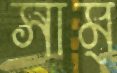
সাম্